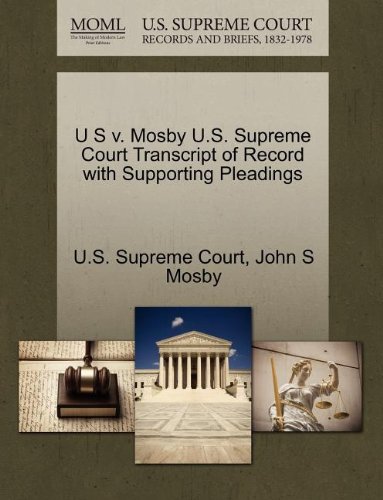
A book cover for U S v. Mosby U.S. Supreme Court Transcript of Record with Supporting Pleadings; John S Mosby; Law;